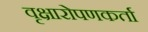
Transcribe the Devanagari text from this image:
वृक्षारोपणकर्ता